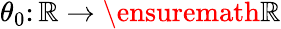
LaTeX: \theta_{0}\colon\mathbb{R}\to\ensuremath{\mathbb{R}}